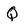
Character: Q